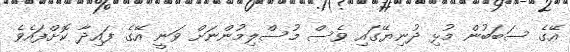
އޭގެ ސަބަބުން މުޅި ދުނިޔޭގައި ވެސް މުސްލިމުންނަށް ވަނީ އޭގެ ފައިދާ ކޮށްފައެވެ